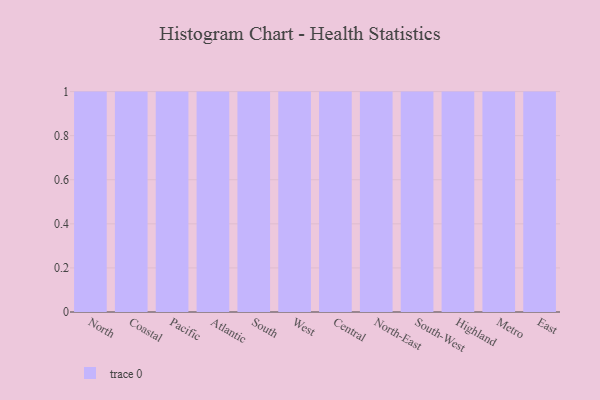
{"axis": {"x": "Region", "y": "Page Views"}, "legend": [""], "data": [{"x": "North", "y": 18, "type": ""}, {"x": "Coastal", "y": 57, "type": ""}, {"x": "Pacific", "y": 6, "type": ""}, {"x": "Atlantic", "y": 37, "type": ""}, {"x": "South", "y": 80, "type": ""}, {"x": "West", "y": 41, "type": ""}, {"x": "Central", "y": 92, "type": ""}, {"x": "North-East", "y": 99, "type": ""}, {"x": "South-West", "y": 29, "type": ""}, {"x": "Highland", "y": 58, "type": ""}, {"x": "Metro", "y": 33, "type": ""}, {"x": "East", "y": 22, "type": ""}]}